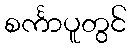
စင်္ကာပူတွင်